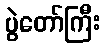
ပွဲတော်ကြီး